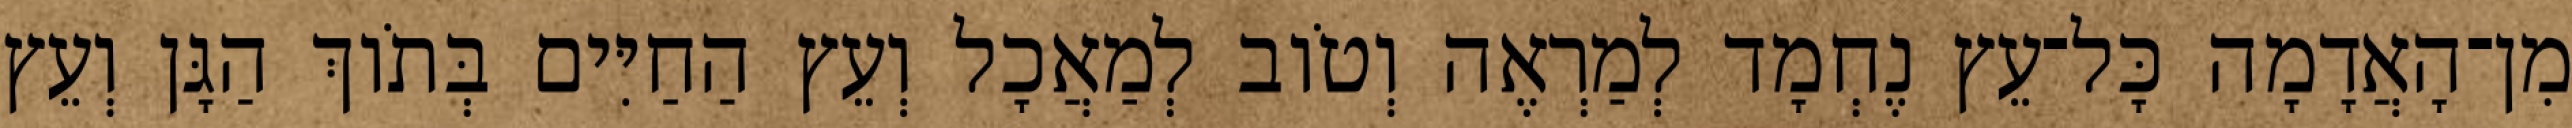
מִן־הָאֲדָמָה כָּל־עֵץ נֶחְמָד לְמַרְאֶה וְטֹוב לְמַאֲכָל וְעֵץ הַחַיִּים בְּתֹוךְ הַגָּן וְעֵץ